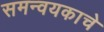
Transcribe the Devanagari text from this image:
समन्वयकाचे